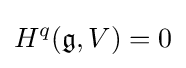
H^{q}({\mathfrak {g}},V)=0